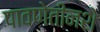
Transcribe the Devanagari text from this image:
पावणेतीनशे